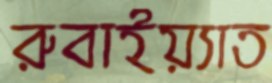
রুবাইয়্যাত